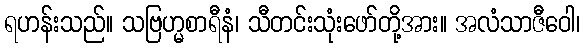
ရဟန်းသည်။ သဗြဟ္မစာရီနံ၊ သီတင်းသုံးဖော်တို့အား။ အလံသာဇီဝေါ၊